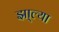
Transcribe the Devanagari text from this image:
झा्ल्या